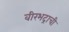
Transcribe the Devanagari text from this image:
वीरभद्राची